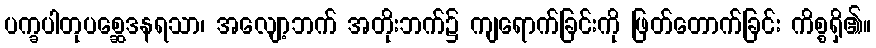
ပက္ခပါတုပစ္ဆေဒနရသာ၊ အလျော့ဘက် အတိုးဘက်၌ ကျရောက်ခြင်းကို ဖြတ်တောက်ခြင်း ကိစ္စရှိ၏။